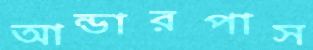
আন্ডারপাস